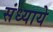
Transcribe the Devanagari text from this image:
संध्याये